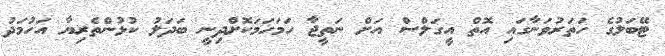
ޓޭބަލުގެ ހަތަރުވަނާގައި އޮތް އީގަލްސް އަށް ނަތީޖާ ހަމަހަމަކޮށްދިނީ ބަދަލު ކުޅުންތެރިޔާ އަހުމަދު